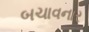
બચાવનાર